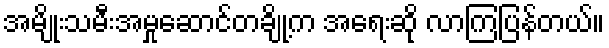
အမျိုးသမီးအမှုဆောင်တချို့က အရေးဆို လာကြပြန်တယ်။